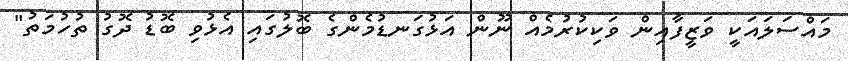
މައްސަލައަކީ ވަޒީފާއިން ވަކިކުރުމެއް ނޫން އަޅުގަނޑުމެންގެ ބޮލުގައި އެޅުވި ބޮޑު ދޮގު ތުހުމަތު"